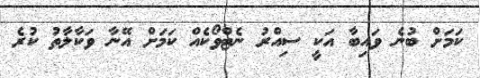
ކަަމަށް ބުނެ ވައިބާ އަކީ ސިއްރު ނެޓްވޯކެއް ކަމަށް އޭނާ ވަކާލާތު ކުރެ